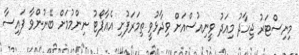
މިނިސްޓަރު ޖިހާދު މިއަދު ވީނިއުސްއަށް ވިދާޅުވީ ތިމަރަފުށި އެއާޕޯޓު ނިންމުމަށް ބޭނުންވާ ފައިސާ